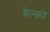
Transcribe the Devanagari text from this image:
बेल्को